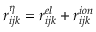
r _ { i j k } ^ { \eta } = r _ { i j k } ^ { e l } + r _ { i j k } ^ { i o n }